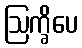
ဩက္ခိပေ